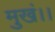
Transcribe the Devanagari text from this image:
मुखं।।